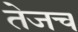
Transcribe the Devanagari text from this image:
तेजच